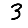
Digit: 3